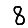
Digit: 8